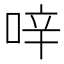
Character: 㖕